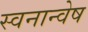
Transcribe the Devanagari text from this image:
स्वनान्वेष